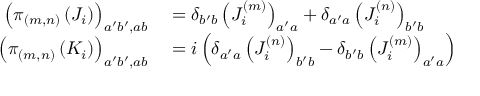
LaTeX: \begin{array} { r l } { \left( \pi _ { ( m , n ) } \left( J _ { i } \right) \right) _ { a ^ { \prime } b ^ { \prime } , a b } } & { { } = \delta _ { b ^ { \prime } b } \left( J _ { i } ^ { ( m ) } \right) _ { a ^ { \prime } a } + \delta _ { a ^ { \prime } a } \left( J _ { i } ^ { ( n ) } \right) _ { b ^ { \prime } b } } \\ { \left( \pi _ { ( m , n ) } \left( K _ { i } \right) \right) _ { a ^ { \prime } b ^ { \prime } , a b } } & { { } = i \left( \delta _ { a ^ { \prime } a } \left( J _ { i } ^ { ( n ) } \right) _ { b ^ { \prime } b } - \delta _ { b ^ { \prime } b } \left( J _ { i } ^ { ( m ) } \right) _ { a ^ { \prime } a } \right) } \end{array}